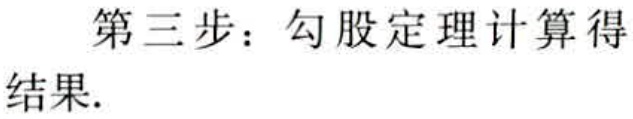
第三步：勾股定理计算得结果.